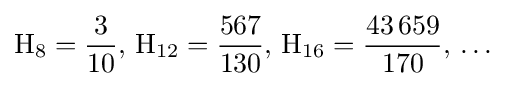
\mathrm {H} _{8}={\frac {3}{10}},\,\mathrm {H} _{12}={\frac {567}{130}},\,\mathrm {H} _{16}={\frac {43\,659}{170}},\,\ldots